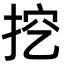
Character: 挖